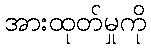
အားထုတ်မှုကို